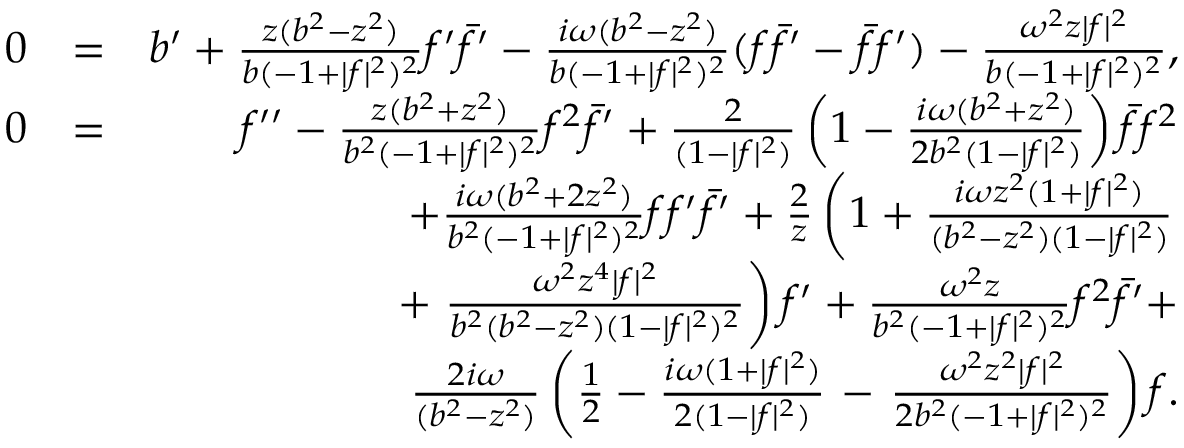
\begin{array} { r l r } { 0 } & { = } & { b ^ { \prime } + { \frac { z ( b ^ { 2 } - z ^ { 2 } ) } { b ( - 1 + | f | ^ { 2 } ) ^ { 2 } } } f ^ { \prime } \bar { f } ^ { \prime } - { \frac { i \omega ( b ^ { 2 } - z ^ { 2 } ) } { b ( - 1 + | f | ^ { 2 } ) ^ { 2 } } } ( f \bar { f } ^ { \prime } - \bar { f } f ^ { \prime } ) - { \frac { \omega ^ { 2 } z | f | ^ { 2 } } { b ( - 1 + | f | ^ { 2 } ) ^ { 2 } } } , } \\ { 0 } & { = } & { f ^ { \prime \prime } - { \frac { z ( b ^ { 2 } + z ^ { 2 } ) } { b ^ { 2 } ( - 1 + | f | ^ { 2 } ) ^ { 2 } } } f ^ { 2 } \bar { f } ^ { \prime } + { \frac { 2 } { ( 1 - | f | ^ { 2 } ) } } \left( 1 - { \frac { i \omega ( b ^ { 2 } + z ^ { 2 } ) } { 2 b ^ { 2 } ( 1 - | f | ^ { 2 } ) } } \right) \bar { f } f ^ { 2 } } \\ & { } & { + { \frac { i \omega ( b ^ { 2 } + 2 z ^ { 2 } ) } { b ^ { 2 } ( - 1 + | f | ^ { 2 } ) ^ { 2 } } } f f ^ { \prime } \bar { f } ^ { \prime } + { \frac { 2 } { z } } \left( 1 + { \frac { i \omega z ^ { 2 } ( 1 + | f | ^ { 2 } ) } { ( b ^ { 2 } - z ^ { 2 } ) ( 1 - | f | ^ { 2 } ) } } \right. } \\ & { } & { + \left. { \frac { \omega ^ { 2 } z ^ { 4 } | f | ^ { 2 } } { b ^ { 2 } ( b ^ { 2 } - z ^ { 2 } ) ( 1 - | f | ^ { 2 } ) ^ { 2 } } } \right) f ^ { \prime } + { \frac { \omega ^ { 2 } z } { b ^ { 2 } ( - 1 + | f | ^ { 2 } ) ^ { 2 } } } f ^ { 2 } \bar { f } ^ { \prime } + } \\ & { } & { { \frac { 2 i \omega } { ( b ^ { 2 } - z ^ { 2 } ) } } \left( \frac { 1 } { 2 } - { \frac { i \omega ( 1 + | f | ^ { 2 } ) } { 2 ( 1 - | f | ^ { 2 } ) } } \right. - \left. { \frac { \omega ^ { 2 } z ^ { 2 } | f | ^ { 2 } } { 2 b ^ { 2 } ( - 1 + | f | ^ { 2 } ) ^ { 2 } } } \right) f . } \end{array}